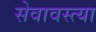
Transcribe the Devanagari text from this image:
सेवावस्त्या